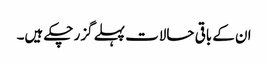
ان کے باقی حالات پہلے گزر چکے ہیں۔